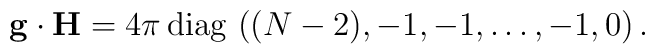
{\bf g}\cdot {\bf H} ={4\pi }\, {\rm diag}\,\, ((N-2),           -1, -1, \dots, -1 , 0 )  \, .